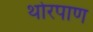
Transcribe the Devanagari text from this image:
थोरपाण